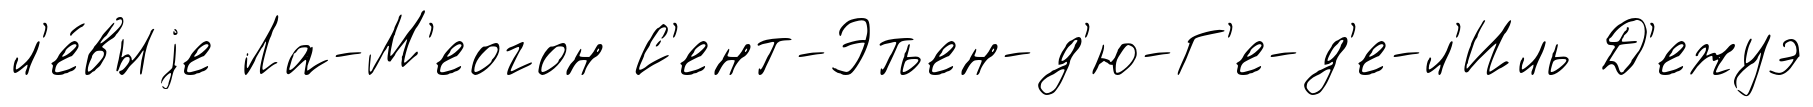
л'е́выjе Ла-М'еогон С'ент-Этьен-д'ю-Г'е-д'е-л'Иль Д'ежуэ